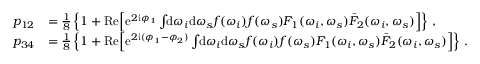
\begin{array} { r l } { p _ { 1 2 } } & { = \frac { 1 } { 8 } \left\{ 1 + \mathrm { R e } \Big [ \mathrm { e } ^ { 2 \mathrm { i } \phi _ { 1 } } \int \! \! \mathrm { d } \omega _ { i } \mathrm { d } \omega _ { s } f ( \omega _ { i } ) f ( \omega _ { s } ) F _ { 1 } ( \omega _ { i } , \omega _ { s } ) \bar { F } _ { 2 } ( \omega _ { i } , \omega _ { s } ) \Big ] \right\} \, , } \\ { p _ { 3 4 } } & { = \frac { 1 } { 8 } \left\{ 1 + \mathrm { R e } \Big [ \mathrm { e } ^ { 2 \mathrm { i } ( \phi _ { 1 } - \phi _ { 2 } ) } \int \! \! \mathrm { d } \omega _ { i } \mathrm { d } \omega _ { s } f ( \omega _ { i } ) f ( \omega _ { s } ) F _ { 1 } ( \omega _ { i } , \omega _ { s } ) \bar { F } _ { 2 } ( \omega _ { i } , \omega _ { s } ) \Big ] \right\} \, . } \end{array}